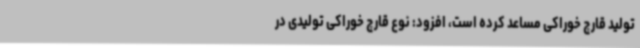
تولید قارچ خوراکی مساعد کرده است، افزود: نوع قارچ خوراکی تولیدی در